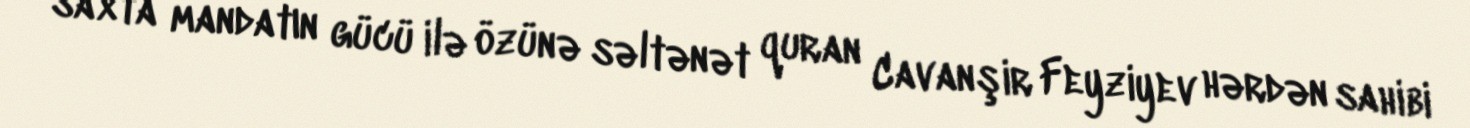
saxta mandatın gücü ilə özünə səltənət quran Cavanşir Feyziyev hərdən sahibi